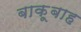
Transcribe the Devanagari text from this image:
बाक़ूबाह